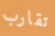
تقارب